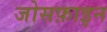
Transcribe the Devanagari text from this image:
जोसफ़ाइन